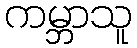
ကမ္ဘာသူ